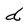
Character: d